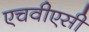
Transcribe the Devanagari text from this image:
एचवीएसी